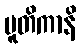
ပူတိကာနိ